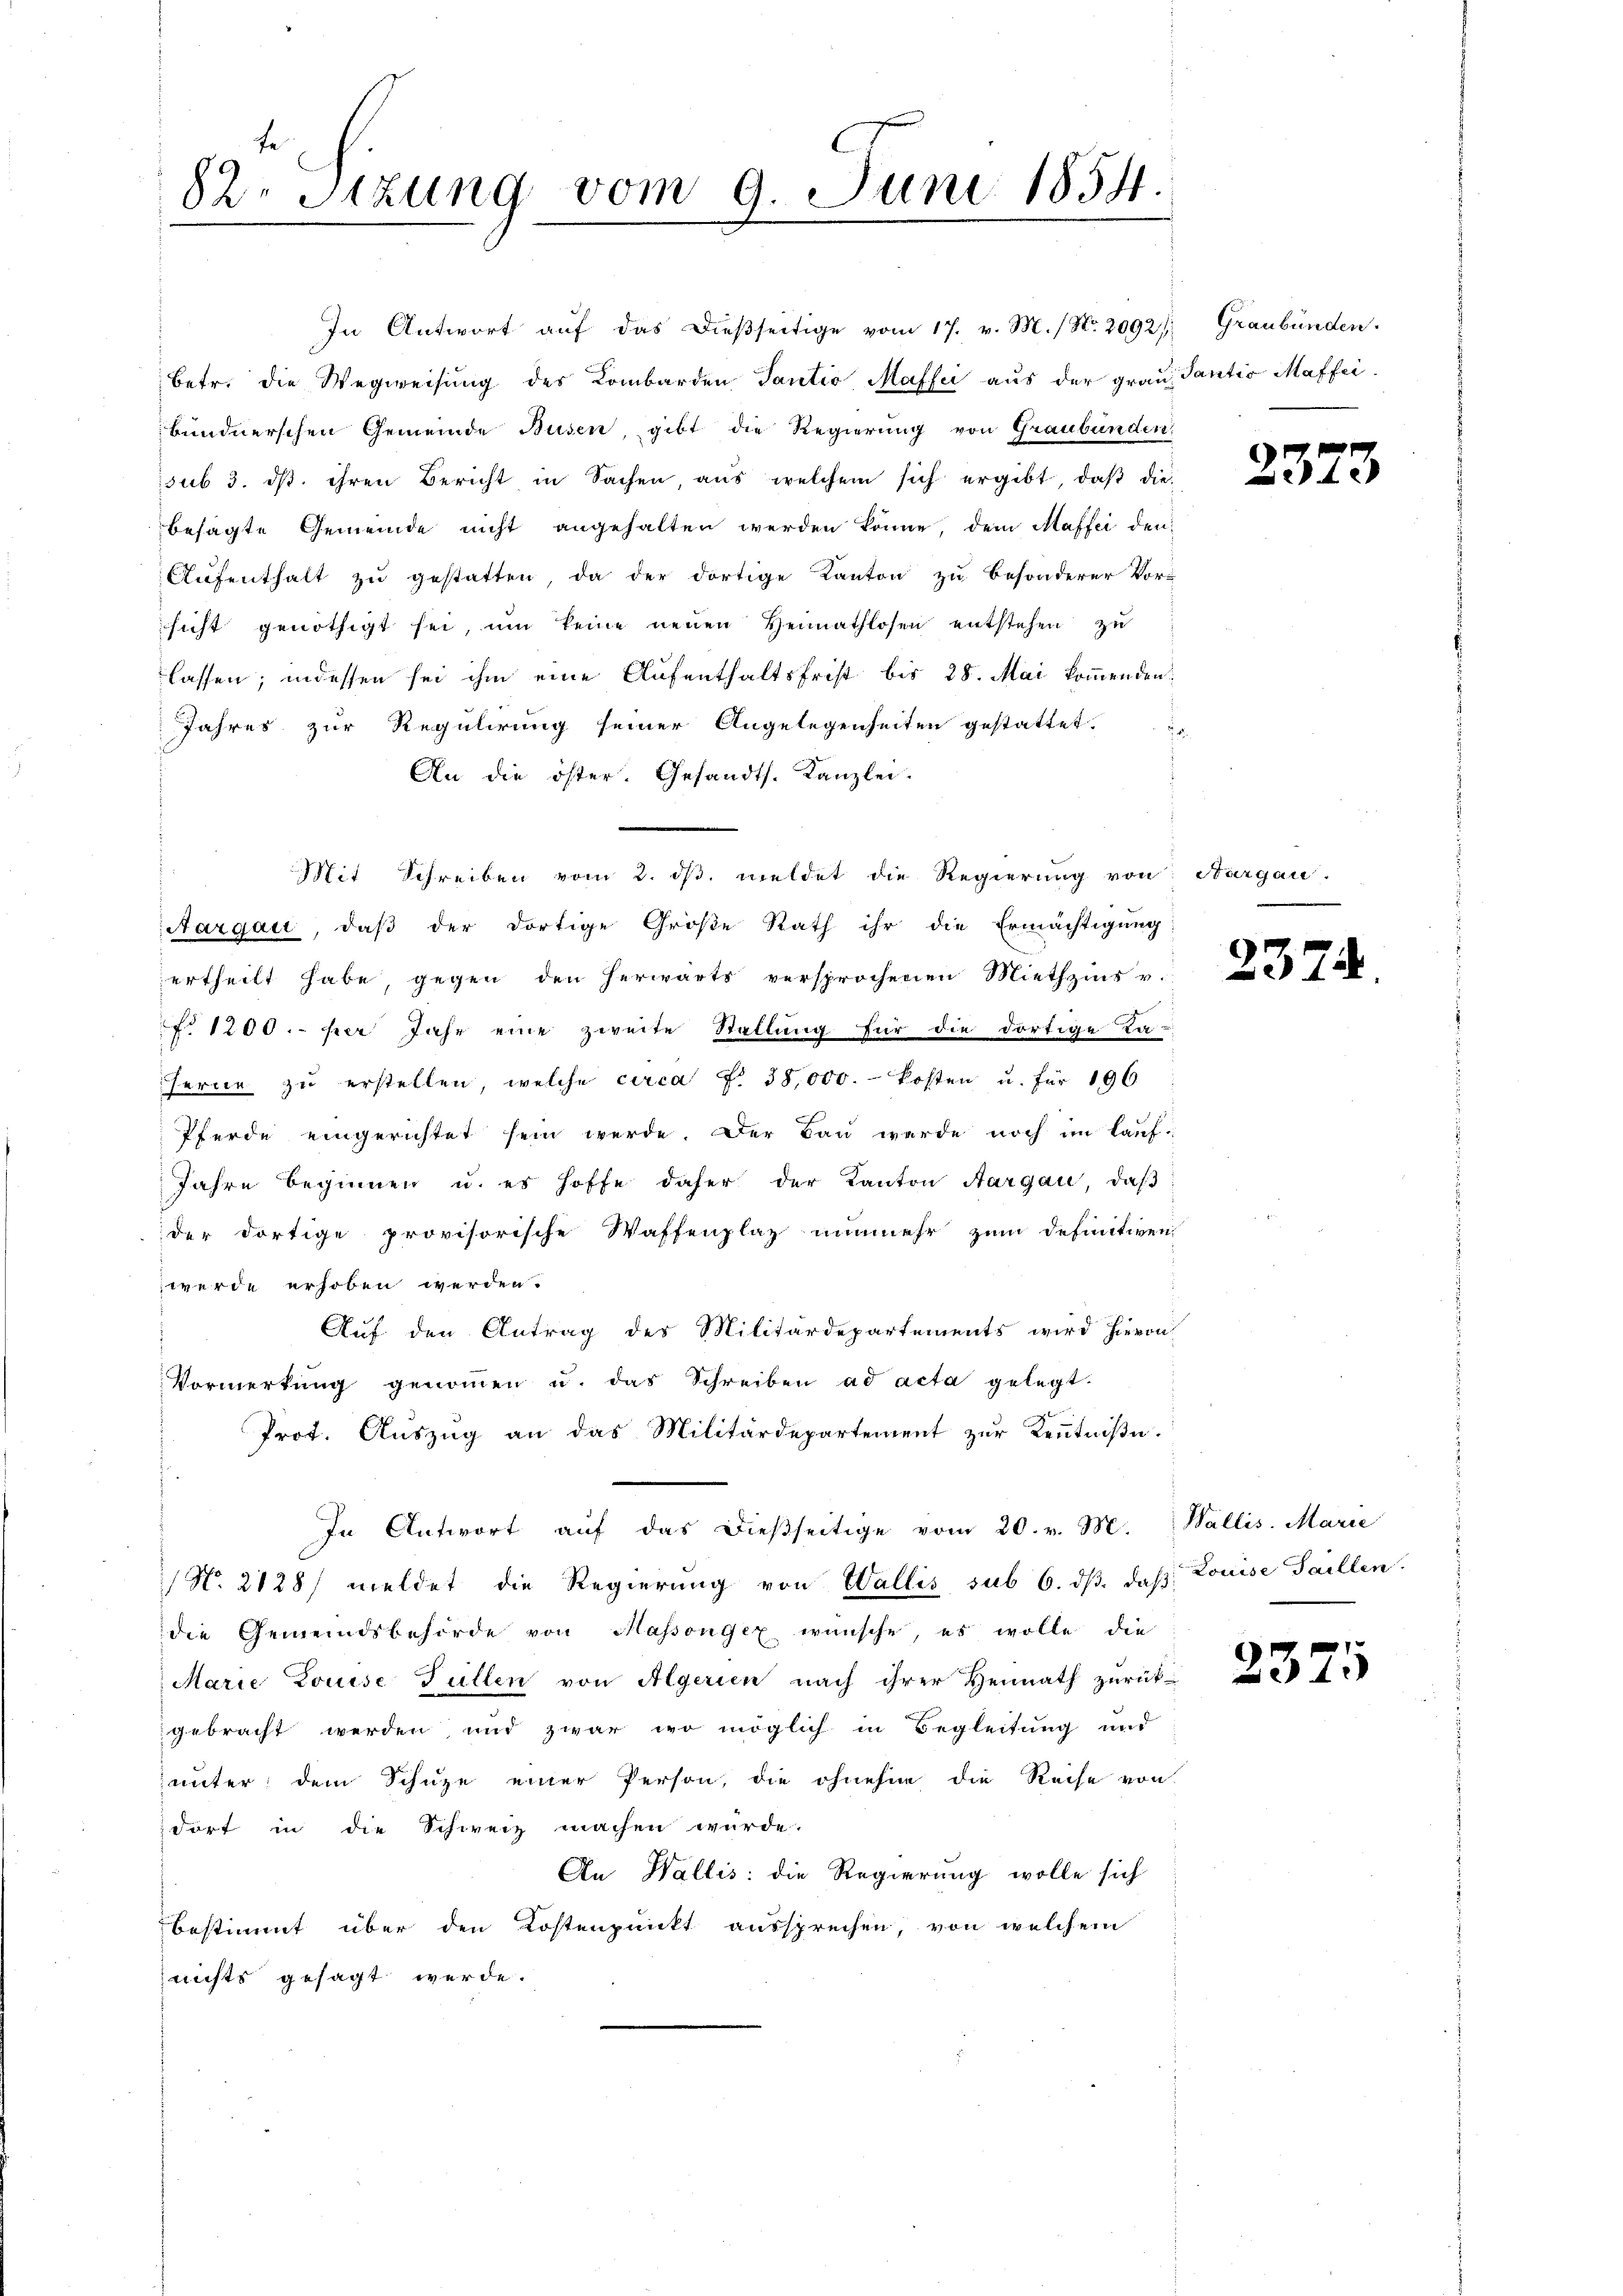
82. Sitzung vom 9. Juni 1854.

In Antwort auf das dießseitige vom 17. v. M. / No. 2092)
betr. die Wegweisung des Lombarden Tantio Maffii aus der grau Santio Maffei-
hundnerschen Gemeinde Busen, gibt die Regierung von Graubünden
sub 3. ds. ihren Bericht in Sachen, aus welchem sich ergibt, daß die-
besagte Gemeinde nicht angehalten werden könne, dem Maffer den
Aufenthalt zu gestatten, da der dortige Kanton zu besonderer Vor-
sicht genöthigt sei, um keine neuen Hennathlosen entstehen zu
lassen; indessen sei ihm eine Aufenthaltsfrist bis 28. Mai kommenden:
Jahres zur Regulirung seiner Angelegenheiten gestattet.
An die öster. Gesandts. Kanzlei.
Mit Schreiben vom 2. ds. meldet die Regierung von Aargau.
Aargau, daß der dortige Große Rath ihr die Ermächtigung
ertheilt habe, gegen den herwärts versprochenen Miethzins v.
No 1200.- per Jahr eine zweite Stellung für die dortige La-
ferne zŭ erstellen, welche circa f. 38,000. Kosten u. für 196:
Pferde eingerichtet sein werde. Der Bau werde noch im Lauf-
Jahre beginnen u. es hoffe daher der Kanton Aargau, daβ
der dortige provisorische Waffenplatz nunmehr zum definitiven
werde erhoben werden.
Auf den Antrag des Militärdepartements wird hieron
Vormerkŭng genoṁen u. das Schreiben ad acta gelegt.
Prot. Aŭszŭg an das Militärdepartement zŭr Keṅtniβe.
In Antwort auf das dießseitige vom 20. v. M. Wallis. Marie
 No 2128/ meldet die Regierung von Wallis sub 6. dβ, daß
die Gemeindsbehörde von Massongex wünsche, es wolle die
Marie Louise Füllen von Algerien nach ihrer Heimath zurück-
gebracht werden und zwar wo möglich in Begleitung und
unter dem Schuze einer Person, die ohnehin die Reise von
dorf in die Schweiz machen würde.
An Wallis: die Regierung wolle sich
bestimmt über den Kostenpunkt aussprechen, von welchem
nichts gesagt werde.

Graubünden.

2373

2374.

Louise Saillen

2375